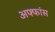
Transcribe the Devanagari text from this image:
अफ्फांस